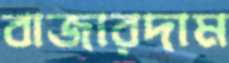
বাজারদাম